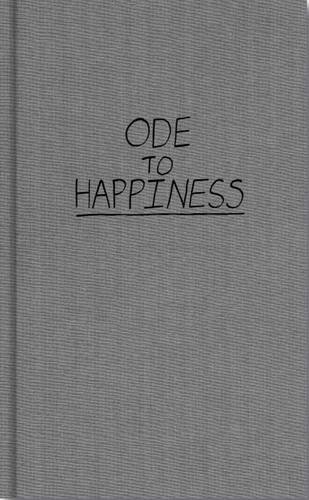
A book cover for Ode to Happiness; Keanu Reeves; Arts & Photography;